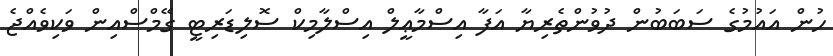
ހުން އައުމުގެ ސަބަބުން ދުވުންތެރިޔާ އަފާ އިސްމާޢީލް އިސްލާމިކް ސޮލިޑަރިޓީ ގޭމްސްއިން ވަކިވެއްޖެ